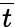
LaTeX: \overline{{t}}